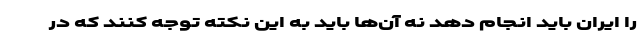
را ایران باید انجام دهد نه آن‌ها باید به این نکته توجه کنند که در